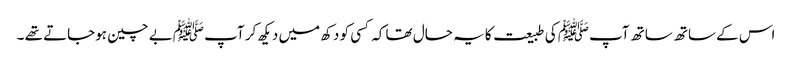
اس کے ساتھ ساتھ آپﷺ کی طبیعت کا یہ حال تھا کہ کسی کو دکھ میں دیکھ کر آپ ﷺبے چین ہوجاتے تھے ۔